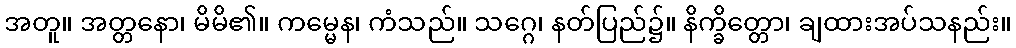
အတူ။ အတ္တနော၊ မိမိ၏။ ကမ္မေန၊ ကံသည်။ သဂ္ဂေ၊ နတ်ပြည်၌။ နိက္ခိတ္တော၊ ချထားအပ်သနည်း။